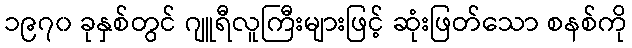
၁၉၇၀ ခုနှစ်တွင် ဂျူရီလူကြီးများဖြင့် ဆုံးဖြတ်သော စနစ်ကို